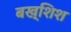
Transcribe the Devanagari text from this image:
बख्शिश